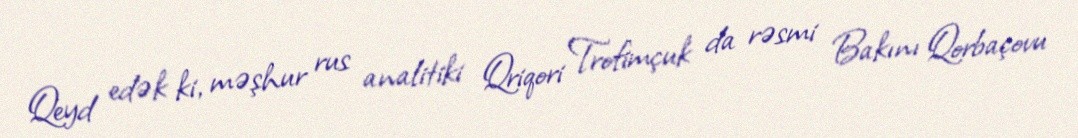
Qeyd edək ki, məşhur rus analitiki Qriqori Trofimçuk da rəsmi Bakını Qorbaçovu